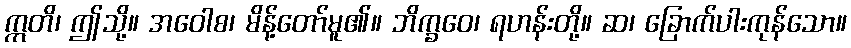
ဣတိ၊ ဤသို့။ အဝေါစ၊ မိန့်တော်မူ၏။ ဘိက္ခဝေ၊ ရဟန်းတို့။ ဆ၊ ခြောက်ပါးကုန်သော။